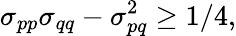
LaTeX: \sigma_{pp}\sigma_{qq}-\sigma_{pq}^{2}\ge 1/4,